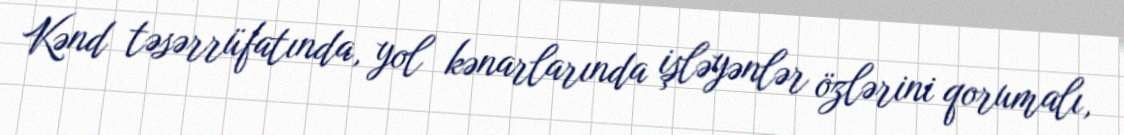
Kənd təsərrüfatında, yol kənarlarında işləyənlər özlərini qorumalı,